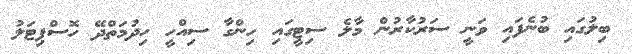
ބިލުގައި ބުނެފައި ވަނީ ސަރުކާރުން މާލެ ސިޓީގައި ހިންގާ ސިއްހީ ހިދުމަތްދޭ ހޮސްޕިޓަލު